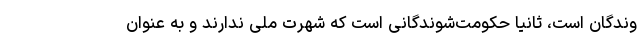
وندگان است، ثانیا حکومت‌شوندگانی است که شهرت ملی ندارند و به عنوان